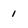
Character: 1